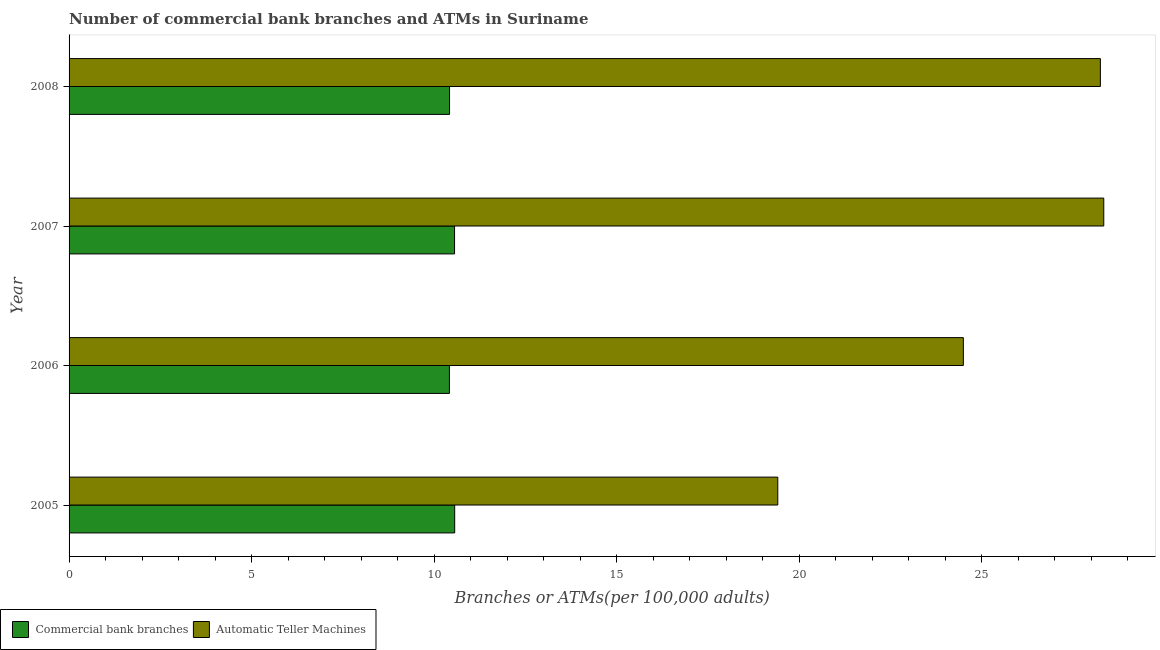
| Year | Commercial bank branches | Automatic Teller Machines |
 | --- | --- | --- |
 | 2005 | 10.6 | 19.4 |
 | 2006 | 10.4 | 24.5 |
 | 2007 | 10.6 | 28.3 |
 | 2008 | 10.4 | 28.2 |